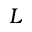
L